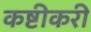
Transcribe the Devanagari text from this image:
कष्टीकरी